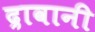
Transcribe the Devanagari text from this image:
द्रावानी